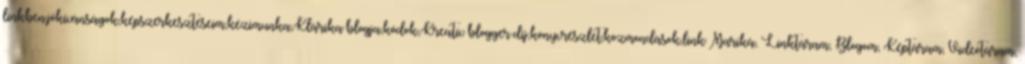
linkben,jókívánságok,képszerkesztéseim,kézimunka,Klárika blogja,kódok,Kreatív blogger díj,könyvrészlet,közmondások,link Mariká, Linktáram, Blogom, Képtáram, Videótáram,